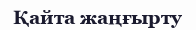
Қайта жаңғырту